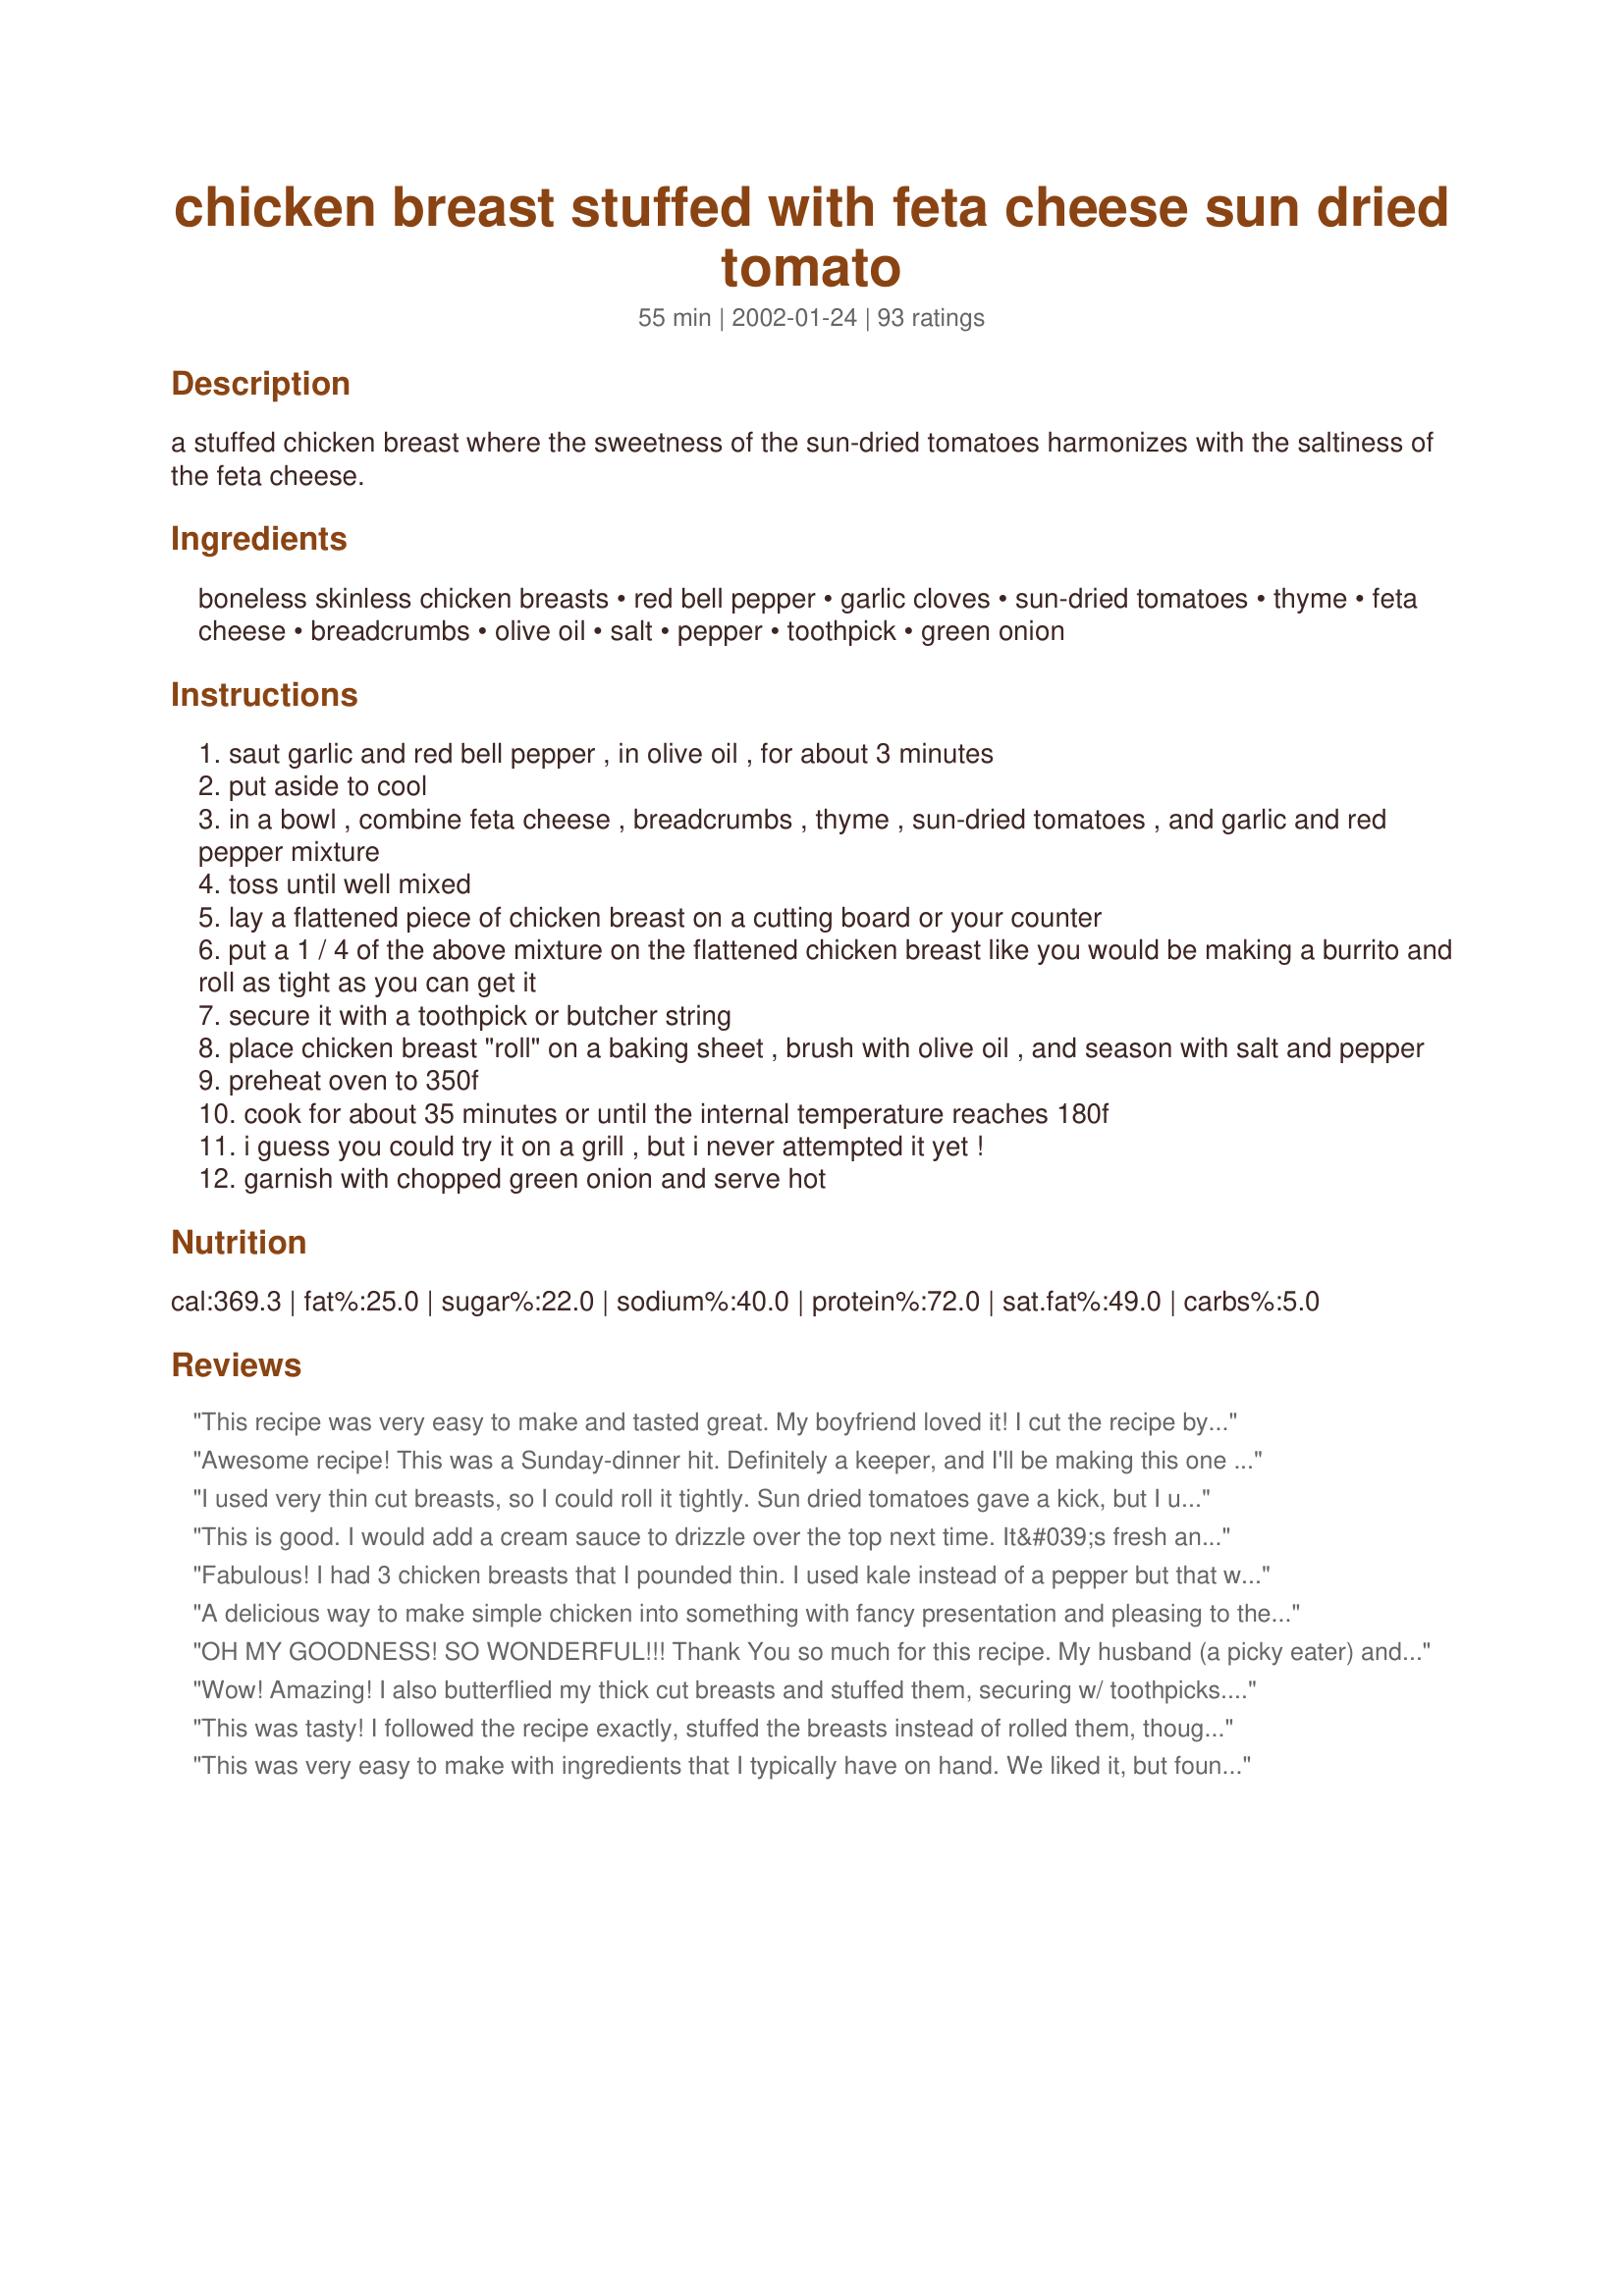
chicken breast stuffed with feta cheese sun dried tomato
Preparation time: 55 minutes

a stuffed chicken breast where the sweetness of the sun-dried tomatoes harmonizes with the saltiness of the feta cheese.

Ingredients:
boneless skinless chicken breasts, red bell pepper, garlic cloves, sun-dried tomatoes, thyme, feta cheese, breadcrumbs, olive oil, salt, pepper, toothpick, green onion

Steps:
saut garlic and red bell pepper , in olive oil , for about 3 minutes
put aside to cool
in a bowl , combine feta cheese , breadcrumbs , thyme , sun-dried tomatoes , and garlic and red pepper mixture
toss until well mixed
lay a flattened piece of chicken breast on a cutting board or your counter
put a 1 / 4 of the above mixture on the flattened chicken breast like you would be making a burrito and roll as tight as you can get it
secure it with a toothpick or butcher string
place chicken breast "roll" on a baking sheet , brush with olive oil , and season with salt and pepper
preheat oven to 350f
cook for about 35 minutes or until the internal temperature reaches 180f
i guess you could try it on a grill , but i never attempted it yet !
garnish with chopped green onion and serve hot

Reviews:
This recipe was very easy to make and tasted great. My boyfriend loved it! 
I cut the recipe by half and swear there was enough left over for 3 more servings.
I will certainly be making this one again soon.
Awesome recipe! This was a Sunday-dinner hit. Definitely a keeper, and I'll be making this one again soon. I added a sprig of fresh rosemary in the baking pan, but the flavors are so rich and good by themselves that the extra herbal "kiss" was unnecessary.
I used very thin cut breasts, so I could roll it tightly. Sun dried tomatoes gave a kick, but I used a combination of irish cheddar and fresh mozzarella instead of feta. Cooking time should not be more then 25 min, I overcooked it because was busy with other dishes for the party. The taste was good, something different.
This is good. I would add a cream sauce to drizzle over the top next time. It&#039;s fresh and yummy&#039;s, definitely a good eat :)
Fabulous! I had 3 chicken breasts that I pounded thin. I used kale instead of a pepper but that was the only thing I adjusted. Great flavor. I didn't brown ahead of time. I think 25 minutes of cooking time would be optimal. I served it with pasta and lemon, red pepper, garlic aioli.
A delicious way to make simple chicken into something with fancy presentation and pleasing to the palette. So easy too. Followed exactly as stated except slit the breasts and stuffed instead of rolling. Family was impressed with this "restaurant chicken". I've added it to the rotation. Thank you so much for sharing this dish delish!
OH MY GOODNESS! SO WONDERFUL!!!
Thank You so much for this recipe. My husband (a picky eater) and I both loved this. I'll definately be making this again. I didn't change a thing. 
Thanks
Wow! Amazing! I also butterflied my thick cut breasts and stuffed them, securing w/ toothpicks. I didn't have the breadcrumbs on hand but they were not missed one bit. It was a warm night out so rather than heating up the stove I braved the grill with these. They turned out amazing! I cooked up some pasta tossed with fettucini sauce and steamed broccoli for a side and my husband was in awe! Thank you for this. It is a keeper!
This was tasty! I followed the recipe exactly, stuffed the breasts instead of rolled them, though. I didn't use the green onions but next time I will to give it some onion flavor. Everyone loved it, and it tasted good the next day for lunch leftovers! Thank you for sharing.
This was very easy to make with ingredients that I typically have on hand. We liked it, but found it a little bland. While it has a lot of cheese, we mostly tasted the bell pepper and sundried tomatoes. We made no modifications to the recipe and served with roasted asparagus. The chicken held together well during baking. Thanks!
A lot easier than I thought it would be. A perfect dinner party piece. I only have three suggestions, 1) is to salt and pepper the chicken before filling and rolling, 2) use mallet to flatten it, and 3) DO NOT over-bake or u will have a very very dry chicken!
Excellant! I used toothpicks and they stayed together beautifuly. I never would have thought to use feta but it was the star in the dish. Thanks!
Excellent!! I served it for a dinner party with a Greek Salad and pasta! Freezes well for microwave dinner at work!
I made this for my husband and he LOVED it! Since I was just cooking for one I used one breast and used 1/4 of all of the ingredients. I didn't have any red pepper so I used everything but that, turned out fantastic!
This was an awesome dish. We will have it again soon.
I always find these stuffed chicken recipes a little fussy, but this one is worth it. I found there was way more stuffing than would fit in the breasts (even though I made 6), so I kept it and stuffed a pork loin with it -- also delicious!
I made this last night It was outstanding, The only changes were, because of my low carb diet I did not use bread crumbs instead I coated them with mayo and grated cheese thank you so much Susan
These were a big hit for my NYE dinner last night. I modified the quantites somewhat because I needed to make 12 breasts. I used 2 bell peppers, a whole bag of sundried tomatoes which should be somewhere around 10 large tomatoes, maybe slightly more, 1 cup of spelt breadcrumbs and 300g of goat cheese instead of feta. I only used less than half the stuffing for 12 breasts. I think I need to go buy somemore chicken to make these. I have 4 in the freezer and I'm hoping they'll freeze well for my OAMC menus. Using breadcrumbs is key because it helps keep the stuffing inside the chicken. Great recipe, thanks!
I cooked this for my family - - everyone raved about it . Very juicy and great with a side of rice!! Thanks for sharing.
This recipie was great although i did switch to mozerella cheese and add some red wine since some of my guests disliked feta. Other than that prima!
A nice change for chicken. I butterflied the breasts and then pounded them thin before stuffing them. The stuffing was so pungent when I mixed it up that I was surprised by the mild flavor after baking. I think next time I make it, I will pound them thinner, stuff them with more, and season the chicken first. I may pan brown them instead.
It's Monday, and Gato is still raving about Saturday night's dinner. This was a huge hit for him! For me, I enjoyed it, but I'm not a big fan of sundried tomatoes, so the big flavor burst was lost on me. It's worth the effort, especially if you're working with a friend (or husband)! Thanks for a great recipe...
I made this tonight for dinner. It was so good!! I served it with an angel hair pasta with sundried tomato, kalamata olives, feta and garlic. We won't have to worry about vampires around here tonight!! Thanks for the recipe. We loved it!
An uncomplicated recipe with excellent results!
This is a fantastic dish! I sub in low fat feta to make it healthier. I make this dish twice a month now, its great with angel hair pasta.
I tried these awhile ago and forgot to review sorry. we really enjoyed them, I make extras and froze them, then before cooking just took them out and defrosted in the fridge. thanks for sharing.
Oh my goodness, this is so good. I made this for my family and served it with some rice pilaf and roasted broccoli. Thank you so much for sharing with us, the tomatoes in this were so good.
What a wonderful combination of flavors. The breast was big so I made a pocket. I omitted the breadcrumbs and since I didn't have green onions, I sprinkled some smoked paprika on top of the breast.
I followed the recipe exactly as stated and this just came out really awful tasting. The chicken was too bland and the stuffing lost its flavor once it was cooked in the chicken. I was so saddened because I love all the ingredients. It just didn't work out when I put it together. Thanks anyways.
These were wonderful and definitely company worthy. I used chicken cutlets and the filling was enough for six cutlets; therefore, I cooked for 25 minutes. Terrence you should come back to zaar to post more recipes, these were absolutely fabulous.
Made this for our Christmas dinner. I loved it.
This recipe is amazing!!!
This was gorgeous!!! Did not change a thing. British chickens must be smaller so ended up with a lot of extra filling, which we just mixed up with the mash potato we were having. Yum!
My first time attempting to roll and stuff a chicken breast, this was a little daunting at first but well worth it. The flavor was divine! My fiance and I love feta cheese, and he loves sun-dried tomatoes, so this is a perfect recipe for us. Thanks for sharing it!
I followed the recipe to a "T" and they turned out great. I had a lot of stuffing left over, probably enough for another 4 breasts. This would be terrific served with a Greek Salad. Thanks for a wonderful recipe.
Made this with Roma tomatoes (fresh) as we didn't have sun dried ones. Chopped them up small and took out most of the juice. Delicious. Thanks
I just made this recipe tonight and it was delicious! My 17 year old daughter loved it as well. I didn't have any red peppers but had everything else. 
I also just used the "pocket" method. The tang of the sundried tomatoes was a perfect match to the creamy goat cheese stuffing.
Thanks for posting!
Decided not to rate this since I made substitutions and was disappointed. I used plum tomatoes instead of the sun dried and baked it covered in foil. The flavour was very mild and really had no zing. Next time I will follow the recipe.
The stuffing is absolutely perfect as-is. The chicken lacked an "it" factor, which I added on my second try: 1T melted butter, 1t honey, 1t soy sauce, salt, pepper and chili powder to taste. Brush the mixture over the chicken and baste a few times during cooking. 35 minutes was too long for my thin chicken. 25-30 would be better. Beautiful recipe! UPDATE: I found that cooking the chicken in a skillet is slightly more flavorful than the oven method (although much messier).
We really liked this, I didn't have any red pepper so added a zucchini, other than that I followed the recipe to a t and it was so yummy, a nice sauce would go well with it. Thanks for sharing
This recipe has become a common occurrence in our house. The suggested baking time cooks the chicken perfectly. We wrapped the chicken with bacon and then in foil to prevent drying out, and finished it off on the grill. Delicious!
This is DELICIOUS!!! I put it in my meal rotations but tonight I tried to change it up a little. I used the same ingredients, but added mozzarella cheese (feta still used too but not nearly as much) and I used it for quesadilla filling!! We served these quesadillas with salsa, and they were delicious! This made it easier to get my toddler to eat it ;) Yum!
This was SO GOOD! It was fun to make too, I prepared the stuffing and secured it in the chicken with toothpicks. Then my boyfriend grilled them on the bbq and they came out perfectly! The measurements were right on too! Thanks so much for a great meal!
This was so good and so easy. I added fresh minced basil to the stuffing and I used low fat feta. I will definitely make this again.
Just coming from the dinner table. I asked my husband for a rating and he said, "amazing". I really enjoyed this dish. Fast prep, beautiful and very flavorful. I served this with boiled potatoes with a dab of butter. It is a very flavorful dish so the simple potatoes were excellent for giving your tastebuds a rest inbetween bites. Thanks for a great dinner!
I made this today...and I must say, IT WAS FABULOUS!! My husband was raving about it and asked me to put it in our "keep" file!! I did change the recipe a bit though. He said that we would get this at a fancy restaraunt. I added about a cup of fresh breadcrumbs with the cheese and added a finely diced plum tomato instead of the dried tomato and that is all I put in, just because I didn't have the other ingredients. I added some chopped garlic and salt/pepper. I had a hard time putting it into the chicken breast, but it could have been that I didn't pound them properly, but we still tried our best to close them up, the filling was showing, but we rolled them and tied them as best as we could. I just put them filling side up and baked them for the same time. They were great, very, very good and I will be making this again! Thanks! :)
The best...thank you for the recipe! To try and lower the total amount of fat, I used reduced-fat feta...absolutely superb! The only hard part about the recipe was trying to roll like a burrito....mine looked like tacos but still tasted outstanding! :)
Made this for dinner tonight and we definetly enjoyed it! i think if i make it again im going to use a bit less breadcrumbs and more feta and season a bit more aggressivly.
I made this today, and it was great!!! Thank you, my family loved it!!
I forgot to put the olive oil on before baking and turned out dry, but that was my fault.
This recipe needed something sweet to offset the saltiness of the feta. Sundried tomatoes in my opinion were not enough. My husband and I were both experimenting at the table with dried fruits, and aged balsamic vinegar, with each bite. For all the trouble, it just seemed bland. Not all tastebuds desire the same thing, so don't take it to heart. I enjoyed the preparation, as I always do. Thanks
I love this recipe! I followed the recipe exactly and it was terrific! I love sundried tomatoes, and the feta cheese is perfect with the tomatoes! This recipe tastes like it is difficult to make, but it isn't at all! This is a wonderful main course to serve company.
I had to alter the recipe quite a bit for what I had on hand, but it was still delicious! I used onion, parmesan cheese, garlic, and sundried tomatoes. I didn't use any green onions either. I used silicone bands to tie the chicken. But I did everything else according to the recipe and we both LOVED it! :) Thank you Terrence!
We love this! Baking in the foil, as others have suggested, kept the chicken so moist. I used fresh tomatoes rather than sun-dried since that's what I had. I look forward to trying it with the sun-dried!
Nice flavours ... would be good for company as it is quite pretty. Would benefit from a sauce or maybe next time I will cook them in foil parcels. (I overcooked them a little because I have a crummy old oven.) I didn't roll them like a burrito ... just pounded the breasts flat and then folded them in half over the stuffing (more like a taco I guess!).
I did follow someone suggestion and put them in foil pouches. Made them very moist. Was a hit with all.
This was outstanding-I didn't change a thing.
5-stars ! The only change I made was to make a pocket in the chicken and stuff them that way. Then, I made an egg wash and then rolled it in Italian Breadcrumbs, repeated this again, brushed with butter and baked for 45-minutes. I then broiled it for an additional 3-4 minutes for browning (the breasts were very large). They came out perfect ! The stuffing was so incredibly tasty. I will be making this again for sure !
this is sivine! the only change i made was instead of rolling like a burrito i used a thick cut of breast and sliced it for stuffing (1/4 inch) and stuffed the breast. i also wrapped them in a foil pouch. but the flavors of this were so wonderful!! thanks for the great recipe!
Excellent recipe! I think I would have liked a little more body in the filling - perhaps bread cubes instead of crumbs? Very good balance of flavors with feta, sweet sundried tomato and sweet red pepper. Decent presentation, maybe next time I will leave skin on the breasts, will try grilling for additional smoky flavor. Will definitely make again. Served with orzo with parmesan and Easy Roasted Veggies, and fresh tomatoes and cucumbers.
Oh, wow, was this awesome! I used half feta and half gorgonzola cheese. I also only used two chicken breasts so I placed the extra filling on slices of french bread and toasted it in the oven, served with a side of asparagus. SOOOO yummy!
We had this for our Valentine's dinner and it was delicious. A little hard to stuff and I would cut the stuffing recipe in half next time. Defintely a "do again" in our house!
Ausome, easy too! My boyfriend was able to make this for me with no culinary talent. We used brie vs feta and it was super. Be sure to pound out your breast evenly to avoid dry bites of chicken.
This dish was great! My 5 & 3 year olds loved it =) Hubby loved it too! They ate it right up. I, like others, did the pocket in the breast instead of pounding it out worked out fine. Did have to increase the time a bit. Still turned out great!
This recipe was amazing. Even my 8-year-old sister loved it. I did feel like the chicken needed a little something though, it seemed bland after all the flavors in the filling. I may try breading it next time.
This is definetely a keeper. I didn't change a thing. The stuffing is great. It tastes great and is pleasing to the eye. Thanks for sharing this recipe.
Had company coming and wanted to make something special. This went over well, and everyone really enjoyed. I left out the bell pepper and added black olives instead. Great substitute!
GREAT RECIPE!!! Halved the recipe since only 2 of us. Followed recipe exactly except used a yellow sweet pepper and then sprinkled some italian seasoning on top of breasts before baking. BF and I were astonished at how good this was. So easy to make and a taste that is unbelievable. Thanks for the recipe.
I made this for a romantic dinner for my fiancee, she loved it! I just cut a deep 'pocket' in each chicken breast and stuffed as much mix in as I could fit, secured it with a toothpick and brushed the top with olive oil - came out DELICIOUS. The pepper / tomato / feta / breadcrumb mix is great, I think I'll use that in other recipes too! Thanks!
I made this last sunday and it was a big hit with the family! I will make this again. Great recipe!!
This is really the best!
Well we all thought this was outstanding! Amazing fresh flavor. While definitely a 5 for flavor, I think it would be 5+ if maybe there was a sauce to serve with it. I did not use the bread crumbs. The chicken breasts I used weren't very big and I was using the 'slit' method so mine looked more like pockets folded up~ it didn't matter they were beautiful! I was able to stuff 6. I served it with a greek oven roasted potatoes and steamed mixed carrots and beans and garlic bread. I'll definitely be making this again!
We really liked this recipe a lot!! I added prosciutto & Fresh tomatoes to mine.
Turned out excellent! I made it two ways one with the Feta and one with a 4 cheese blend. I also added finely chopped mushrooms. Thank you for this recipe.
Delicious. I didn't have toothpicks or string, so I squeezed each chicken roll in a section of a muffin tin. It worked out really well.
This is soo good. The DB and I prepared it together. Very fun! Very tasty!
Made it exactly as described - came out amazing! Definitely enjoyed the thinner chicken breasts best...the stuffing is just so good...will definitely be making again Thanks!
Very good recipe. I made a couple of changes though. I didn't use the red bell pepper, and I substituted 1 package of garlic and herb shake and bake instead of breadcrumbs. I added a little cilantro to the "stuffing." I also cut the feta to 4oz and used garlic and herb feta instead of plain. Lastly I coated the outsides with butter and sprinkled salt, pepper, onion powder, and garlic powder to taste. Even the Mrs was impressed.
I seem to be the odd man out, but we felt this recipe needs some changes. My husband complained it was too dry and I thought it was too tart. He suggested adding some type of mellow creamy cheese to the stuffing. Maybe some really mild sauce would help. We like all the ingredients and I am shocked that we didn't love it..we're crazy about Greek-style turkey burgers (13285).
This is the third time I've made this. What can I say, except that my family loves it.

Canada Eh!
Lovely presentaion and a very good dish. My dh was very pleased. Thank you so much for posting.
Great blend of flavors! I love roasted pepper and feta. A 'manly' yet gourmet meal that suited my tastes and DH's. I used Fat Free Feta and served it over brown rice.
This was fabulous. Rich, but not too rich, and the flavors melded nicely together. I followed the recipe but did as other reviewers and cut a slit in a breast and stuffed with mixture. Italian bread crumbs were great, I think it would still be good with plain if that's all you have. BF gave recipe a 4 (he's never given anything a 5 though) and I give it a 5. Don't overcook breasts, and they come out tender and moist. Thanks for the recipe!
Thats like a chicken pizza :)
I'm eating right now... very nice !
This recipe is simple and just DELICIOUS! One to keep!
The flavors are wonderful, I put in a little more than 5 sundried tomatoes cuz I love them; I had never pounded out chicken before so that was fun, but I think I will do the taco roll next time, and cover to cook, as I found the top got too dry during cooking. It is a fabulous dish, flavors again are wonderful!
fantastic! I added cajun and paprika powder to spice it up a little. :-) Goes so well with couscous.
We've been making this for years, and it's one of our favorites. It's a good recipe to make for company. For some reason, we don't like the thyme with it so we leave it out. I have added crumbles bacon, and it gives it a lot of extra flavor.
This was delicious. Once I got the hang of it, flattening the breast and rolling it up was pretty simple. I coated the outside with flavoured bread crumbs after I had dredged with flour and dipped in egg. Next time, I would omit the breadcrumbs in the filling since they just "subdued" the flavours of the other ingredients. This made a beautiful presentation-an impressive looking dish!
For make ahead take to work lunch: I prepared according to directions, with the addition of some basil to the filling & double the recipe. After cooking, I put them in individual zip-top bags and froze. To reheat, let thaw in the fridge overnight and then microwave 2 minutes at 75% or until heated through.
Much better than store bought lunch!
This was pretty good. I halved the recipe last night. Like others, I sliced the chicken lengthwise to stuff it. I also added some diced red onion when I sauteed the red peppers and garlic. I don't know why someone else said it was bland - this was quite flavorful!
This chicken smelled amazing while baking in the oven! I kind of improvised this recipe. I left out the red pepper and used green onion instead. I used gluten-free breadcrumbs (only 1/4 cup) and added Italian herbs.
So good - i love to make this recipe for others - looks pretty and tastes delicious!
